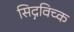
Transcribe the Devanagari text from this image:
सिद्गविच्क